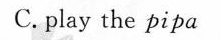
C.play the pipa